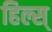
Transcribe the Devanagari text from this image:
हिल्स्